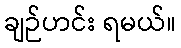
ချဉ်ဟင်း ရမယ်။